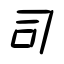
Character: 司